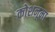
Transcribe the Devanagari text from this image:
कोशनूमा